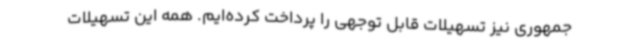
جمهوری نیز تسهیلات قابل توجهی را پرداخت کرده‌ایم. همه این تسهیلات